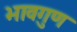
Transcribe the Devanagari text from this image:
भावगुण